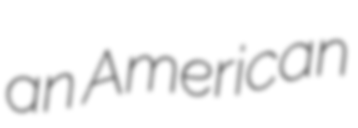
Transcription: an American